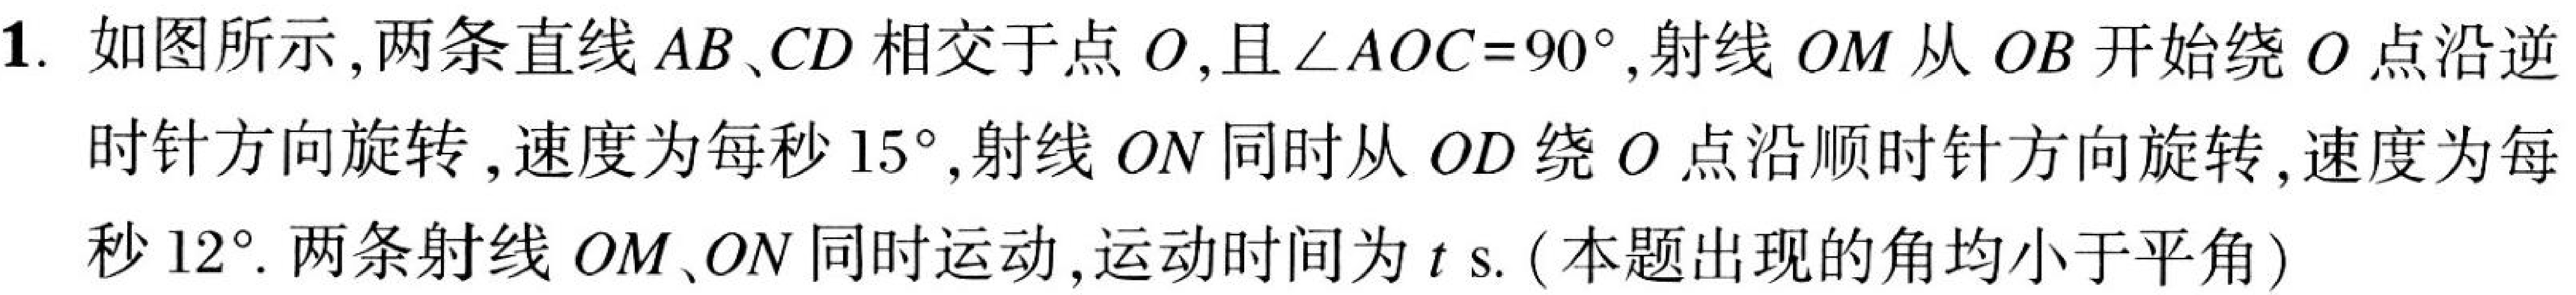
1. 如图所示，两条直线\(AB、CD\)相交于点\(O\)，且\(\angle AOC = 90^{\circ}\)，射线\(OM\)从\(OB\)开始绕\(O\)点沿逆
时针方向旋转，速度为每秒\(15^{\circ}\)，射线\(ON\)同时从\(OD\)绕\(O\)点沿顺时针方向旋转，速度为每
秒\(12^{\circ}\). 两条射线\(OM、ON\)同时运动，运动时间为\(t\ \text{s}\).（本题出现的角均小于平角）